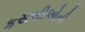
કસબીઓની